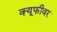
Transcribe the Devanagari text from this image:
क्यूफीवर